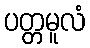
ပတ္တမူလံ